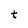
Character: t